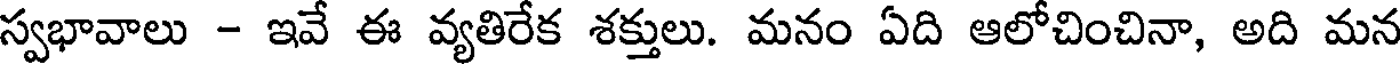
స్వభావాలు - ఇవే ఈ వ్యతిరేక శక్తులు. మనం ఏది ఆలోచించినా, అది మన